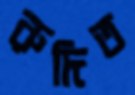
রুদিত